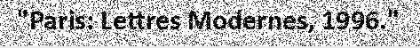
"Paris: Lettres Modernes, 1996."